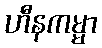
ဟီနကမ္မာ